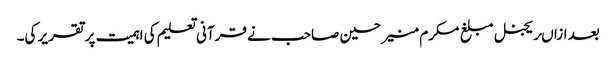
بعد ازاںریجنل مبلغ مکرم منیر حسین صاحب نے قرآنی تعلیم کی اہمیت پر تقریر کی۔